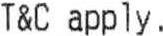
T&C APPLY.